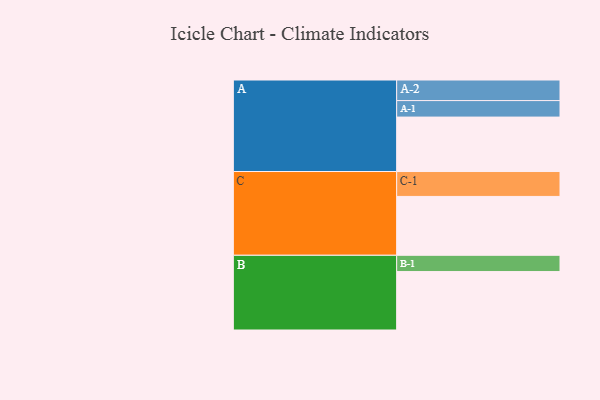
{"axis": {"x": "Segment", "y": "Value"}, "legend": ["", "A", "B", "C"], "data": [{"x": "A", "y": 505, "type": ""}, {"x": "B", "y": 542, "type": ""}, {"x": "C", "y": 546, "type": ""}, {"x": "A-1", "y": 153, "type": "A"}, {"x": "A-2", "y": 191, "type": "A"}, {"x": "B-1", "y": 151, "type": "B"}, {"x": "C-1", "y": 231, "type": "C"}]}